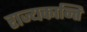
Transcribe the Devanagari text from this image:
राज्यकान्ति